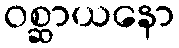
ဝစ္ဆာယနော